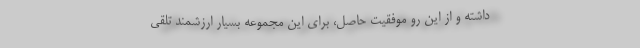
داشته و از این رو موفقیت حاصل، برای این مجموعه بسیار ارزشمند تلقی